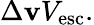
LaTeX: \Delta\mathbf{v}V_{\mathrm{{esc}}}.